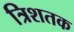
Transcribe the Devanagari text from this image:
त्रिशतक